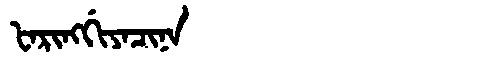
Manchu: ᡶᠠᡵᡳᠩᡤᡳᠶᠠᠴᡳᠨᠠ
Romanization: FARINGGIYACINA